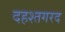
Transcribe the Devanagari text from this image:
दहश्तगरद